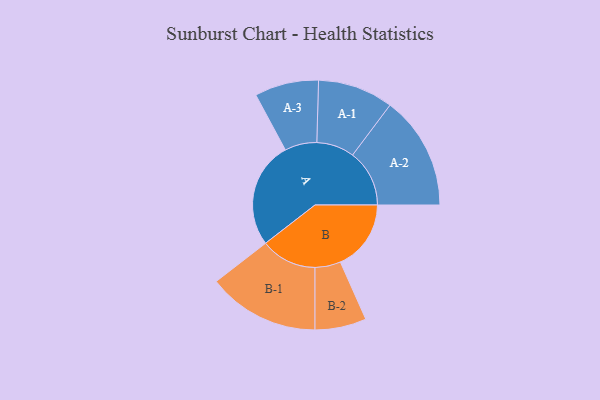
{"axis": {"x": "Segment", "y": "Value"}, "legend": ["", "A", "B"], "data": [{"x": "A", "y": 485, "type": ""}, {"x": "B", "y": 322, "type": ""}, {"x": "A-1", "y": 172, "type": "A"}, {"x": "A-2", "y": 259, "type": "A"}, {"x": "A-3", "y": 146, "type": "A"}, {"x": "B-1", "y": 255, "type": "B"}, {"x": "B-2", "y": 117, "type": "B"}]}